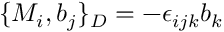
\{ M _ { i } , b _ { j } \} _ { D } = - \epsilon _ { i j k } b _ { k }